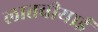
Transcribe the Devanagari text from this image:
लातवीयाई